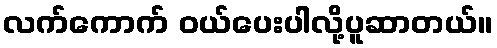
လက်ကောက် ဝယ်ပေးပါလို့ပူဆာတယ်။